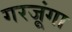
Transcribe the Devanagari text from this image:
गरजूंगा